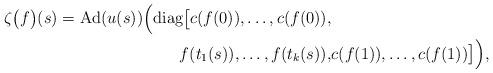
LaTeX: \begin{align*}\begin{aligned}\zeta\bigl(f\bigr)(s) = \operatorname{Ad}(u(s)) \Bigl( \operatorname{diag}\bigl[c(f(0)), \dots, c(f(0)), & \\f(t_1(s)), \dots, f(t_k(s)), &c(f(1)), \dots, c(f(1)) \bigr] \Bigr), \end{aligned}\end{align*}